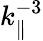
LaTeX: k_{\parallel}^{-3}